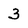
Character: 3